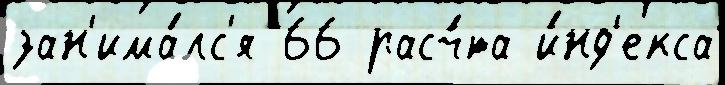
зан'има́лс'я 66 расч́та и́нд'екса